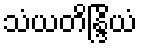
သံယတိန္ဒြိယံ